Vaccine operations Central Provinces & Berar 1922-1929 - 1922-1929
Year: 1922
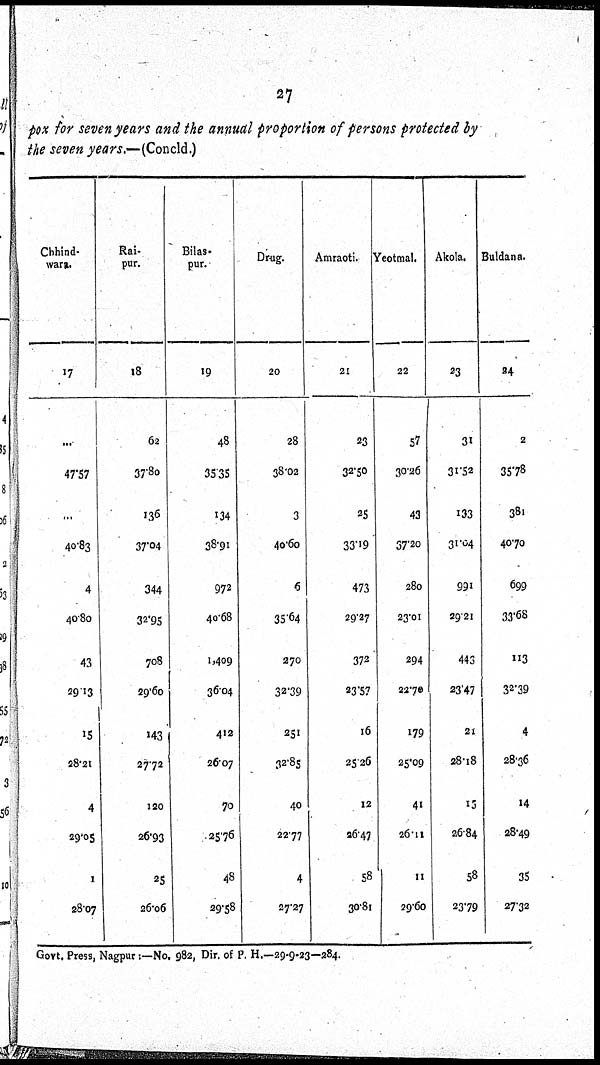
27
pox for seven years and the annual proportion of persons protected by
the seven years.—(Concld.)
Chhind-
wara.
17
...
47.57
...
40.83
4
40.80
43
29.13
15
28.21
4
29.05
1
28.07
Rai-
pur.
18
62
37.80
136
37.04
344
32.95
708
29.60
143
27.72
120
26.93
25
26.06
Bilas-
pur.
19
48
35.35
134
38.91
972
40.68
1,409
36.04
412
26.07
70
25.76
48
29.58
Drug.
20
28
38.02
3
40.60
6
35.64
270
32.39
251
32.85
40
22.77
4
27.27
Amraoti.
21
23
32.50
25
33.19
473
29.27
372
23.57
16
25.26
12
26.47
58
30.81
Yeotmal.
22
57
30.26
43
37.20
280
23.01
294
22.70
179
25.09
41
26.11
11
29.60
Akola.
23
31
31.52
133
31.04
991
29.21
443
23.47
21
28.18
15
26.84
58
23.79
Buldana.
24
2
35.78
381
40.70
699
33.68
113
32.39
4
28.36
14
28.49
35
27.32
Govt, Press, Nagpur:—No. 982, Dir. of P. H.—29-9-23—284.